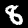
Digit: 8